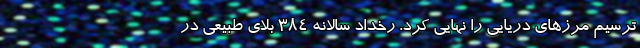
ترسیم مرزهای دریایی را نهایی کرد. رخداد سالانه ۳۸۴ بلای طبیعی در